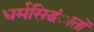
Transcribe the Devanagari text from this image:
धर्मसिद्धंातों